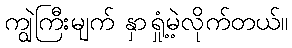
ကျွဲကြီးမျက် နှာရှုံ့မဲ့လိုက်တယ်။